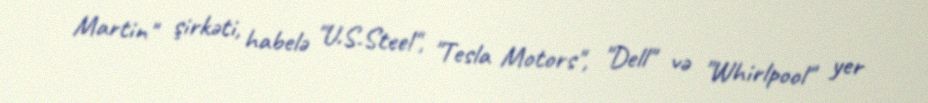
Martin" şirkəti, habelə "U.S.Steel", "Tesla Motors", "Dell" və "Whirlpool" yer